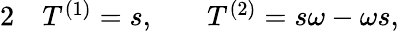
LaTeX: \begin{array}{rlrl}{{2}}&{{}T^{(1)}=s,}&{}&{{}T^{(2)}=s\omega-\omega s,}\end{array}